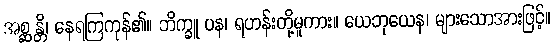
အစ္ဆန္တိ၊ နေရကြကုန်၏။ ဘိက္ခူ ပန၊ ရဟန်းတို့မူကား။ ယေဘုယေန၊ များသောအားဖြင့်။